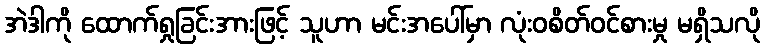
အဲဒါကို ထောက်ရှုခြင်းအားဖြင့် သူဟာ မင်းအပေါ်မှာ လုံးဝစိတ်ဝင်စားမှု မရှိသလို